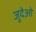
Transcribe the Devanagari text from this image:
जुदेओ